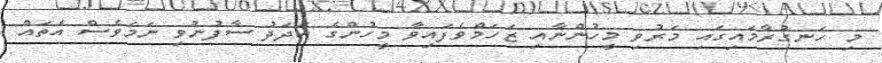
މި ހަނގުރާމައިގައި މަރުވި މީހުންނާއި ޒަހަމްވެފައިވާ މީހުންގެ އަދަދު ސާފުނުވި ނަމަވެސް އެތައް